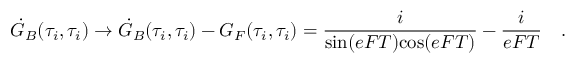
\dot { \cal G } _ { B } ( \tau _ { i } , \tau _ { i } ) \rightarrow \dot { \cal G } _ { B } ( \tau _ { i } , \tau _ { i } ) - { \cal G } _ { F } ( \tau _ { i } , \tau _ { i } ) = { \frac { i } { \mathrm { s i n } ( e F T ) \mathrm { c o s } ( e F T ) } } - { \frac { i } { e F T } } \quad .